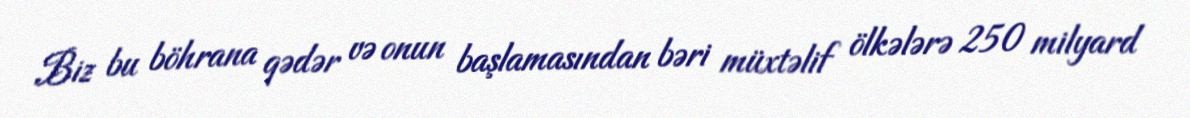
Biz bu böhrana qədər və onun başlamasından bəri müxtəlif ölkələrə 250 milyard